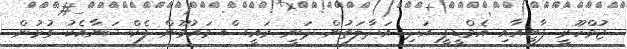
ޖުމްހޫރީ ޕާޓީއާއި އެމްޑީޕީ އަދި އަދާލަތުން ދަނީ ރައީސް މައުމޫން ފެކްޝަނާއެކު ގުޅުން